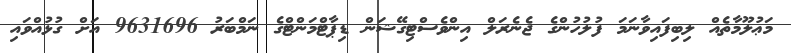
މަޢުލޫމާތެއް ލިބިފައިވާނަމަ ފުލުހުންގެ ޖެނެރަލް އިންވެސްޓިގޭޝަން ޑިޕާޓްމަންޓްގެ ނަމްބަރު 9631696 އަށް ގުޅުއްވައި